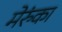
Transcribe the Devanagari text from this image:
मेरुंका